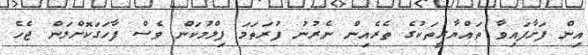
އިން ފަށާފައިވާ ތައްޔާރީތަކުގެ ތެރެއިން ނެރުނު ފުރަތަމަ ފިލްމުކަން ވެސް ފާހަގަކޮށްލަން ޖެހެ